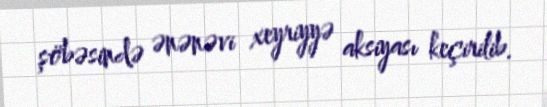
şöbəsində ənənəvi xeyriyyə aksiyası keçirilib.